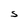
Character: S